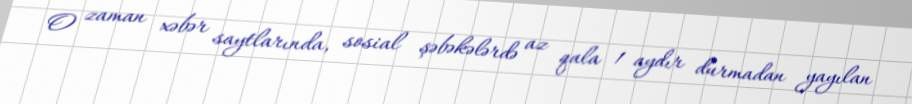
O zaman xəbər saytlarında, sosial şəbəkələrdə az qala 1 aydır durmadan yayılan